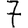
Digit: 7